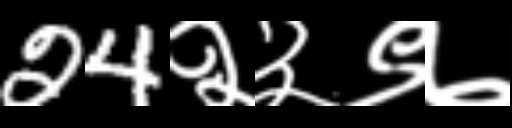
Text: 24२३९७